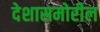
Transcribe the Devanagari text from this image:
देशासमोरील